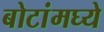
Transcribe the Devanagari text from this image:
बोटांमघ्ये